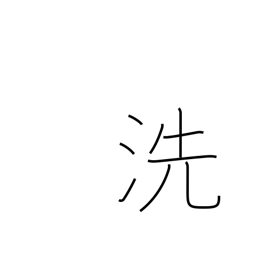
Meaning: inquire into